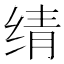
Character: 𬘬